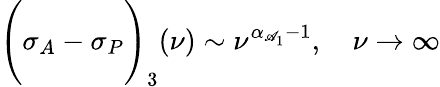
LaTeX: \Biggl(\sigma_{A}-\sigma_{P}\Biggr)_{3}(\nu)\sim\nu^{\alpha_{\mathscr{A}_{1}}-1},\ \ \ \ \nu\rightarrow\infty